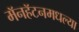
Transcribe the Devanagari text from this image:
मॅनहॅटनमधल्या